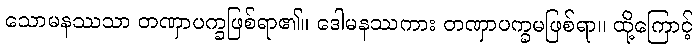
သောမနဿသာ တဏှာပက္ခဖြစ်ရာ၏။ ဒေါမနဿကား တဏှာပက္ခမဖြစ်ရာ။ ထို့ကြောင့်